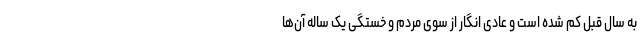
به سال قبل کم شده است و عادی انگار از سوی مردم و خستگی یک ساله آن‌ها